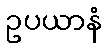
ဥပယာနံ